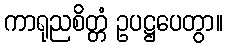
ကာရုညစိတ္တံ ဥပဋ္ဌပေတွာ။